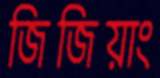
জিজিয়াং